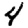
Digit: 4